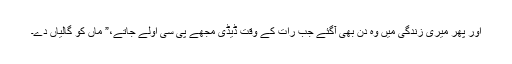
اور پھر میری زندگی میں وہ دن بھی آگئے جب رات کے وقت ڈیڈی مجھے پی سی اولے جاتے،” ماں کو گالیاں دے۔